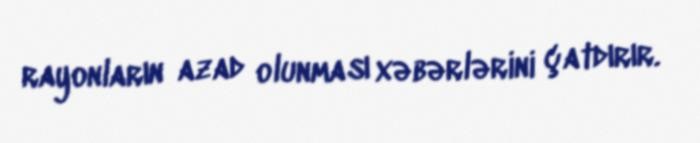
rayonların azad olunması xəbərlərini çatdırır.